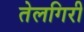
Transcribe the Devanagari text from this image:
तेलगिरी